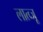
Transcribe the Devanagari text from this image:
लात्व्जू